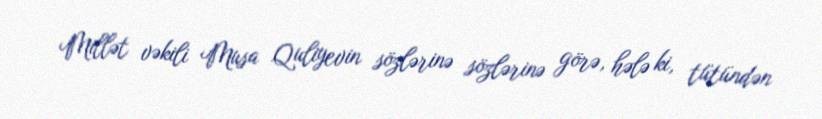
Millət vəkili Musa Quliyevin sözlərinə sözlərinə görə, hələ ki, tütündən